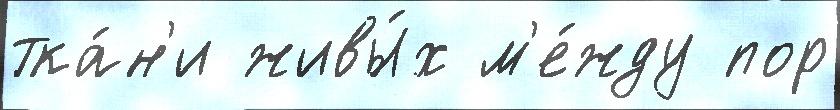
тка́н'и живы́х м'е́жду пор